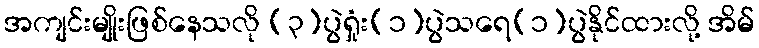
အကျင်းမျိုးဖြစ်နေသလို (၃)ပွဲရှုံး(၁)ပွဲသရေ(၁)ပွဲနိုင်ထားလို့ အိမ်